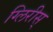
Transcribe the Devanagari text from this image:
ग्लिरीस्